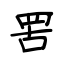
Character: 罟